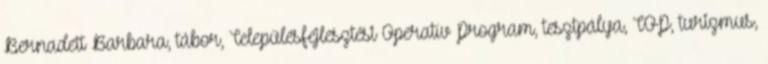
Bernadett Barbara, tábor, Településfejlesztési Operatív Program, tesztpálya, TOP, turizmus,